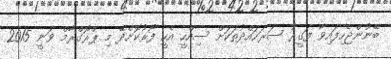
ބޭނުންޖެހިފައިވާ ފަގީރު ސަރަހައްދުތަކަށް ސިއްހީ އެހީ ފޯރުކޮށްދޭ މި ޕްރޮގްރާމް ވަނީ 2015